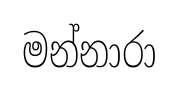
මන්නාරා